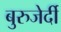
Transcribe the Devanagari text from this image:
बुरुजेर्दी